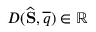
D ( \widehat { \mathbf { S } } , \overline { { q } } ) \in \mathbb { R }